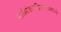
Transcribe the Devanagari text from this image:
मालिकाविजयामध्ये